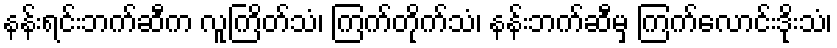
နန်းရင်းဘက်ဆီက လူကြိတ်သံ၊ ကြက်တိုက်သံ၊ နန်းဘက်ဆီမှ ကြက်လောင်းဒိုးသံ၊